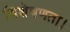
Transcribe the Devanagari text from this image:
विशेषणता।